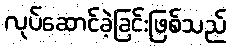
လုပ်ဆောင်ခဲ့ခြင်းဖြစ်သည်